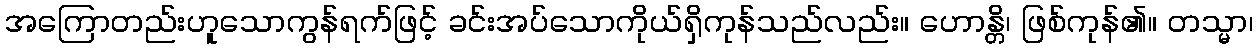
အကြောတည်းဟူသောကွန်ရက်ဖြင့် ခင်းအပ်သောကိုယ်ရှိကုန်သည်လည်း။ ဟောန္တိ၊ ဖြစ်ကုန်၏။ တသ္မာ၊